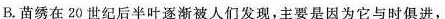
B.苗绣在20世纪后半叶逐渐被人们发现，主要是因为它与时俱进，